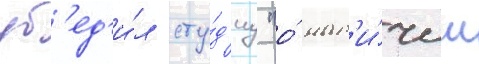
уб'ед'и́л сту́д'иу "о́ нал'и́чии